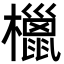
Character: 㯿